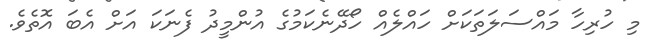
މި ހުރިހާ މައްސަލަތަކަށް ހައްލެއް ހޯދޭނެކަމުގެ އުންމީދު ފެނަކަ އަށް އެބަ އޮތެވެ.